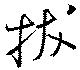
抜